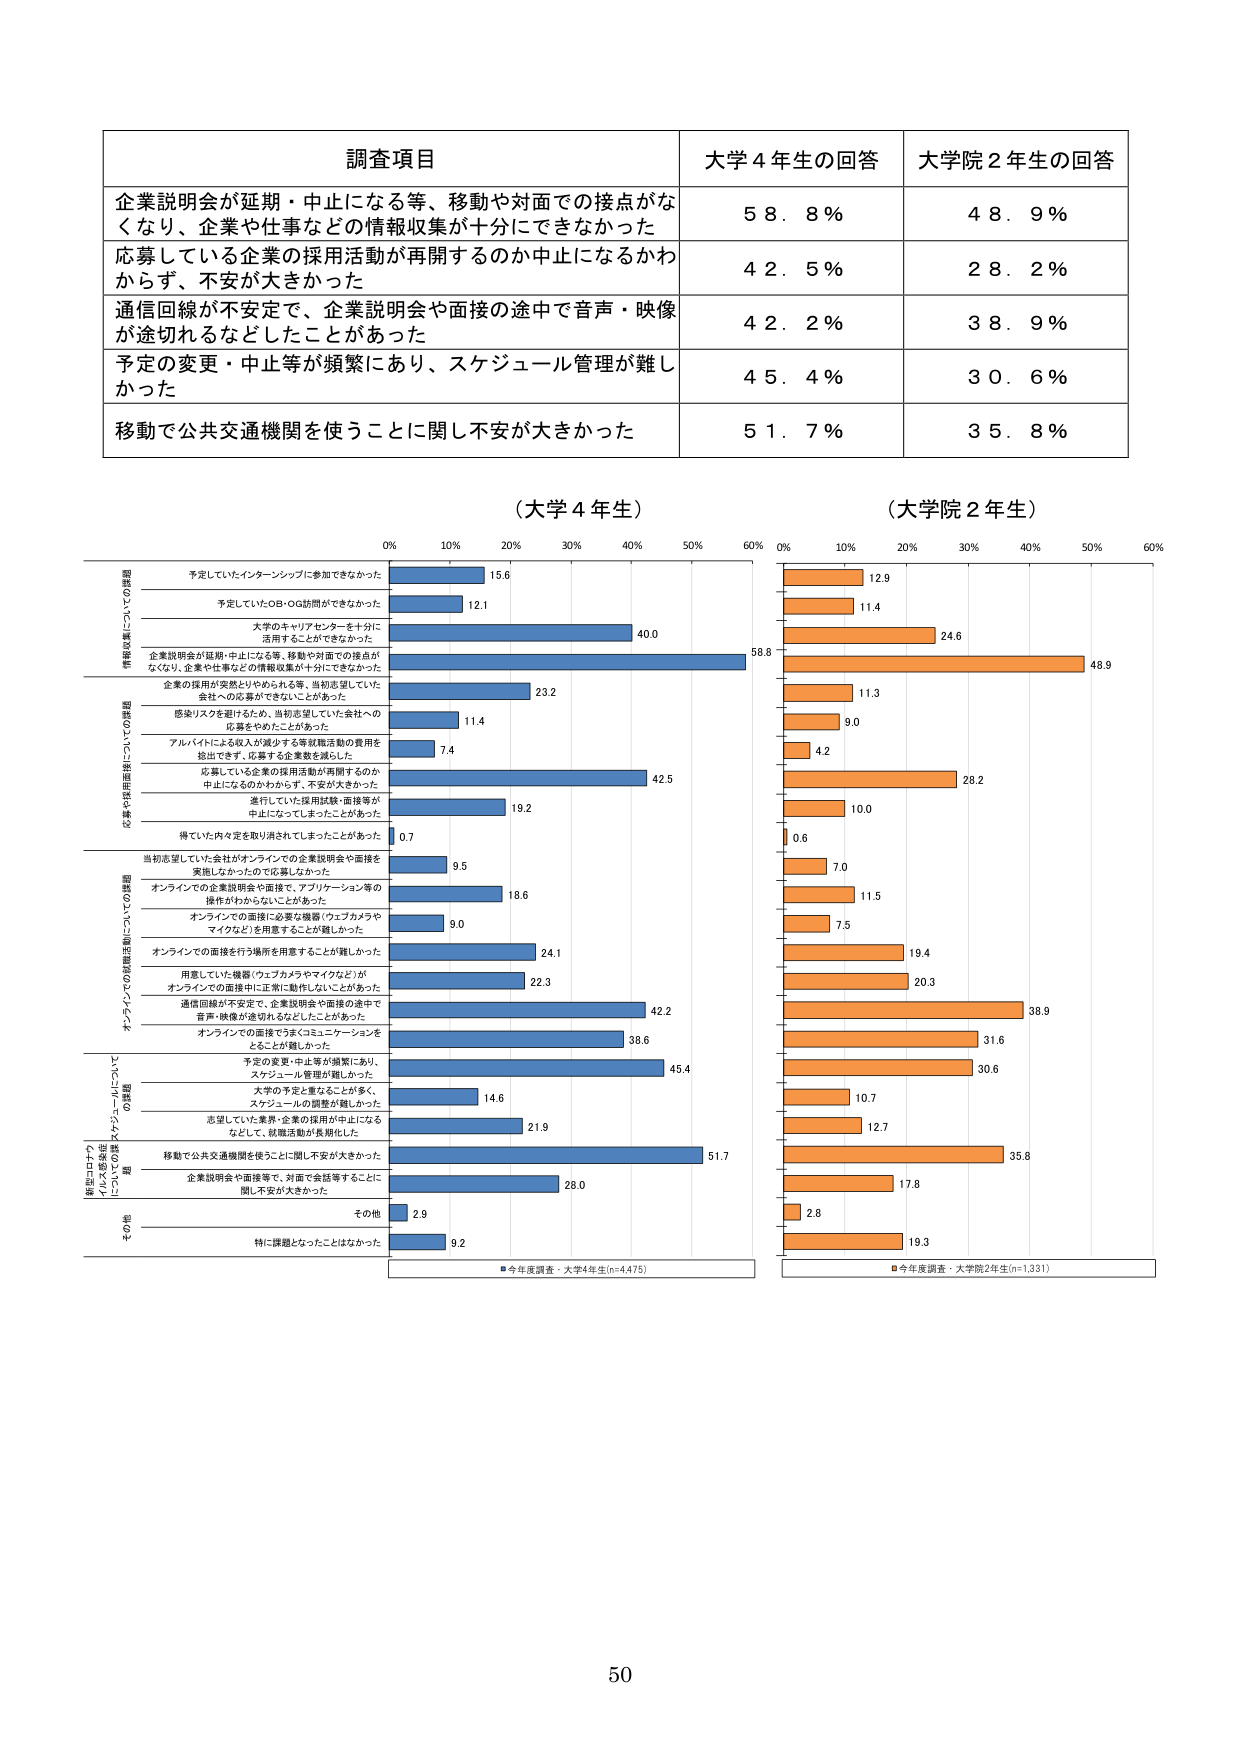
調査項目
大学４年生の回答
大学院２年生の回答
企業説明会が延期・中止になる等、移動や対面での接点がなくなり、企業や仕事などの情報収集が十分にできなかった
５８．８％
４８．９％
応募している企業の採用活動が再開するのか中止になるかわからず、不安が大きかった
４２．５％
２８．２％
通信回線が不安定で、企業説明会や面接の途中で音声・映像が途切れるなどしたことがあった
４２．２％
３８．９％
予定の変更・中止等が頻繁にあり、スケジュール管理が難しかった
４５．４％
３０．６％
移動で公共交通機関を使うことに関し不安が大きかった
５１．７％
３５．８％
（大学４年生）
（大学院２年生）
0% 10% 20% 30% 40% 50% 60% 0% 10% 20% 30% 40% 50% 60%
予定していたインターンシップに参加できなかった
15.6
12.9
予定していたOB・OG訪問ができなかった
12.1
11.4
大学のキャリアセンターを十分に活用することができなかった
40.0
24.6
企業説明会が延期・中止になる等、移動や対面での接点がなくなり、企業や仕事などの情報収集が十分にできなかった
58.8
48.9
企業の採用が実際よりやめられる等、当初志望していた会社への応募ができないことがあった
23.2
11.3
感染リスクを避けるため、当初志望していた会社への応募をやめたことがあった
11.4
9.0
アルバイトによる収入が減少する等就職活動の費用を捻出できず、応募する企業数を減らした
7.4
4.2
応募している企業の採用活動が再開するのか中止になるのかわからず、不安が大きかった
42.5
28.2
進行していた採用試験・面接等が中止になってしまったことがあった
19.2
10.0
得ていた内々定を取り消されてしまったことがあった
0.7
0.6
当初志望していた会社がオンラインでの企業説明会や面接を実施しなかったので応募しなかった
9.5
7.0
オンラインでの企業説明会や面接で、アプリケーション等の操作がわからなくなったことがあった
18.6
11.5
オンラインでの面接に必要な機器（ウェブカメラやマイクなど）を用意することが難しかった
9.0
7.5
オンラインでの面接を行う場所を用意することが難しかった
24.1
19.4
用意していた機器（ウェブカメラやマイクなど）がオンラインでの面接中に正常に動作しないことがあった
22.3
20.3
通信回線が不安定で、企業説明会や面接の途中で音声・映像が途切れるなどしたことがあった
42.2
38.9
オンラインでの面接でうまくコミュニケーションをとることが難しかった
38.6
31.6
予定の変更・中止等が頻繁にあり、スケジュール管理が難しかった
45.4
30.6
大学の予定と重なることが多く、スケジュールの調整が難しかった
14.6
10.7
志望していた業界・企業の採用が中止になるなどして、就職活動が長期化した
21.9
12.7
移動で公共交通機関を使うことに関し不安が大きかった
51.7
35.8
企業説明会や面接等で、対面で会話等することに関し不安が大きかった
28.0
17.8
その他
2.9
2.8
特に課題となったことはなかった
9.2
19.3
■今年度調査・大学4年生(n=4,475)
■今年度調査・大学院2年生(n=1,331)
50